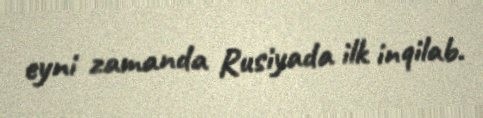
eyni zamanda Rusiyada ilk inqilab.